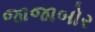
જાજાબોર